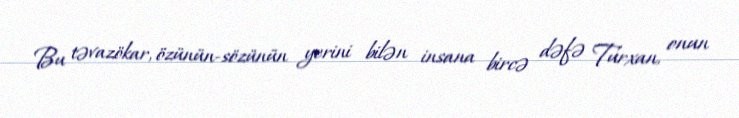
Bu təvazökar, özünün-sözünün yerini bilən insana bircə dəfə Turxan, onun